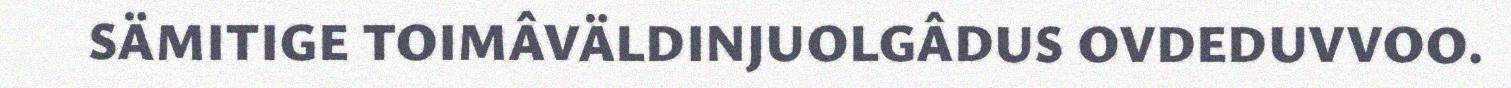
SÄMITIGE TOIMÂVÄLDINJUOLGÂDUS OVDEDUVVOO.